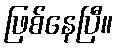
ဖြစ်နေပြီ။